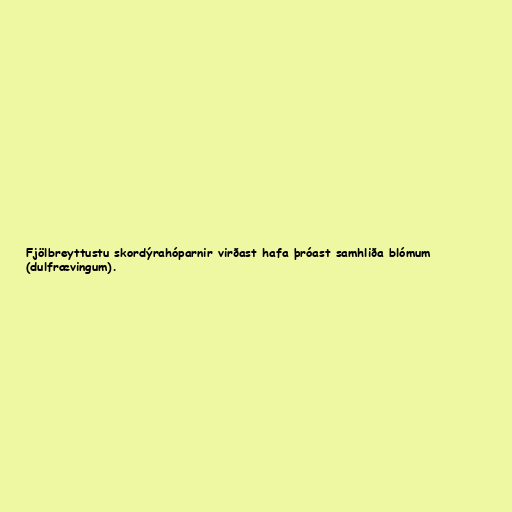
Fjölbreyttustu skordýrahóparnir virðast hafa þróast samhliða blómum
(dulfrævingum).